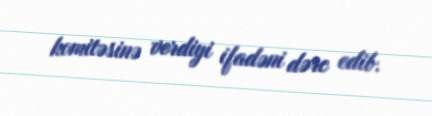
komitəsinə verdiyi ifadəni dərc edib.